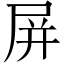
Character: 屏